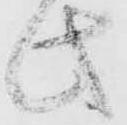
此